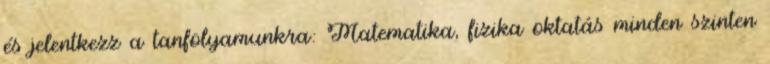
és jelentkezz a tanfolyamunkra: Matematika, fizika oktatás minden szinten